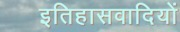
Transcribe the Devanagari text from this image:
इतिहासवादियों